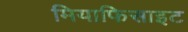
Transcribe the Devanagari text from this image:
मियाफिसाइट